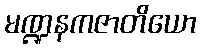
မဏ္ဍနကဇာတိယော